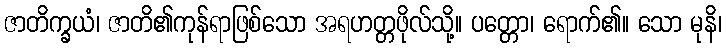
ဇာတိက္ခယံ၊ ဇာတိ၏ကုန်ရာဖြစ်သော အရဟတ္တဖိုလ်သို့။ ပတ္တော၊ ရောက်၏။ သော မုနိ၊